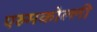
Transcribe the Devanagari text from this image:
एरुमकोल्ली